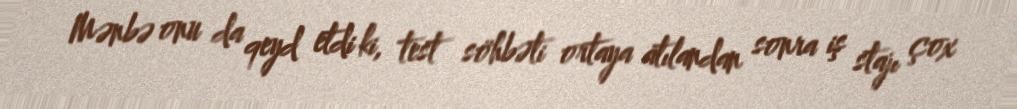
Mənbə onu da qeyd etdi ki, test söhbəti ortaya atılandan sonra iş stajı çox